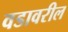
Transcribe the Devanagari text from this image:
वडावरील